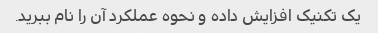
یک تکنیک افزایش داده و نحوه عملکرد آن را نام ببرید.